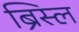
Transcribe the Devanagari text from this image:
ब्रिस्ल